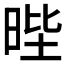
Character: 𭦅